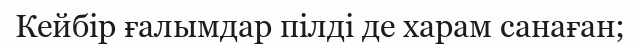
Кейбір ғалымдар пілді де харам санаған;